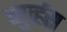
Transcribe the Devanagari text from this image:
व्युर्व्हस